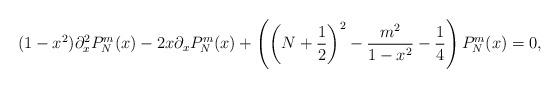
LaTeX: \begin{align*} (1-x^2)\partial_x^2P^m_N(x) - 2x\partial_xP^m_N(x) + \left( \left(N + \frac{1}{2}\right)^2 - \frac{m^2}{1-x^2} - \frac{1}{4} \right) P^m_N(x) = 0,\end{align*}